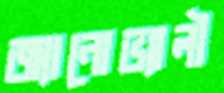
জ্যানোভ্যালী